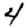
Digit: 4